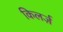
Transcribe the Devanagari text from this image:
किलर्ज़